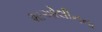
શાઓલીનના